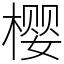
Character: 樱